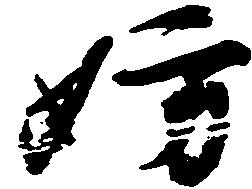
妨